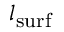
l _ { \mathrm { s u r f } }